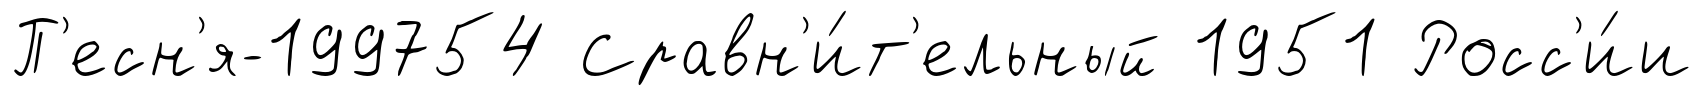
П'есн'я-199754 Сравн'и́т'ельный 1951 Росс'и́и